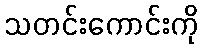
သတင်းကောင်းကို